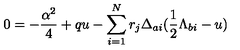
0 = - { \frac { \alpha ^ { 2 } } { 4 } } + q u - \sum _ { i = 1 } ^ { N } r _ { j } \Delta _ { a i } ( { \frac { 1 } { 2 } } \Lambda _ { b i } - u )